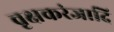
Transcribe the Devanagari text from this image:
वृक्षकरंजादि